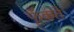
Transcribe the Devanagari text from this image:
फूँकते